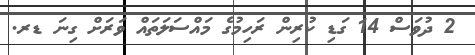
2 ދުވަސް 14 ގަޑި ކުރިން ރަހިމުގެ މައްސަލަތައް ވަރަށް ގިނަ ޑރ.